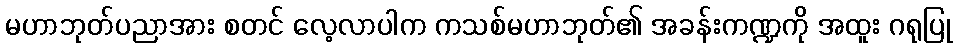
မဟာဘုတ်ပညာအား စတင် လေ့လာပါက ကသစ်မဟာဘုတ်၏ အခန်းကဏ္ဍကို အထူး ဂရုပြု